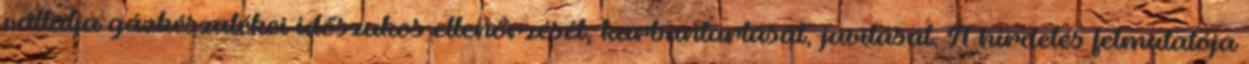
vállalja gázkészülékei időszakos ellenőrzését, karbantartását, javítását. A hirdetés felmutatója